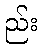
ည်း